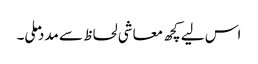
اس لیے کچھ معاشی لحاظ سے مدد ملی۔